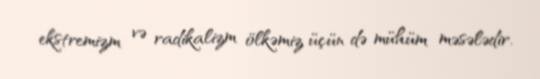
ekstremizm və radikalizm ölkəmiz üçün də mühüm məsələdir.